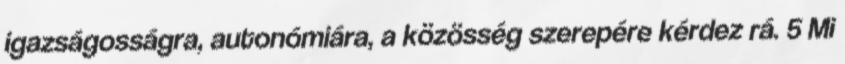
igazságosságra, autonómiára, a közösség szerepére kérdez rá. 5 Mi